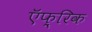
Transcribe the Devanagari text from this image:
ऍफ़्रिक